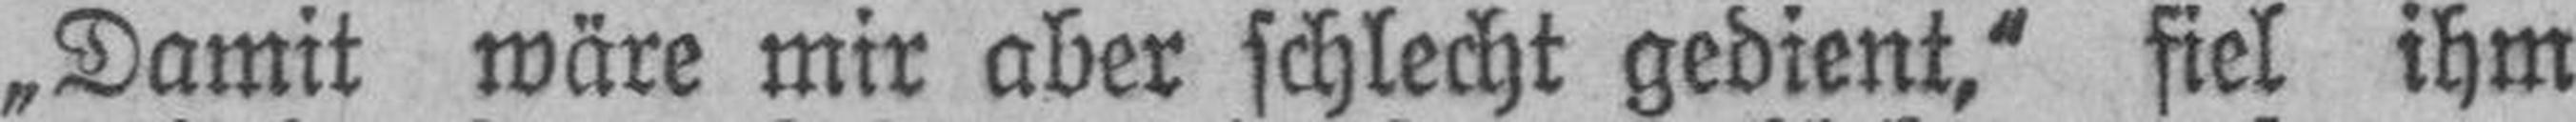
„Damit wäre mir aber schlecht gedient,“ fiel ihm